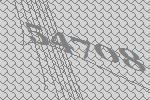
54708